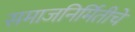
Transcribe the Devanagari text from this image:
समाजनिर्मितीचे